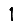
Digit: 1